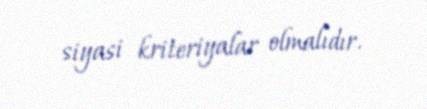
siyasi kriteriyalar olmalıdır.